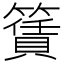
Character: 𥵎